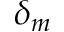
\delta _ { m }